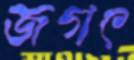
জগৎ